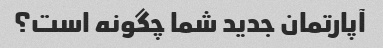
آپارتمان جدید شما چگونه است؟